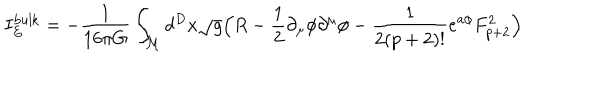
LaTeX: I _ { E } ^ { \mathrm { b u l k } } = - \frac { 1 } { 1 6 \pi G } \int _ { \cal { M } } d ^ { D } x \sqrt { g } \Big ( R - \frac { 1 } { 2 } \partial _ { \mu } \phi \partial ^ { \mu } \phi - \frac { 1 } { 2 ( p + 2 ) ! } e ^ { a \phi } F _ { p + 2 } ^ { 2 } \Big )